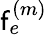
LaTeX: \mathsf{f}_{e}^{(m)}